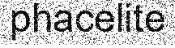
phacelite